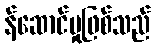
န်ဆောင်မှုဖြစ်သည်